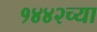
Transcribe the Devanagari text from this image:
१४४२च्या